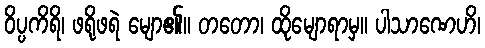
ဝိပ္ပကိရိ၊ ဖရိုဖရဲ မျော၏။ တတော၊ ထိုမျောရာမှ။ ပါသာဏေဟိ၊